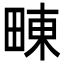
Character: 𤲚